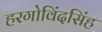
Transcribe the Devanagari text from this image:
हरगोविंदसिंह